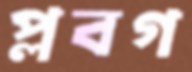
প্লবগ